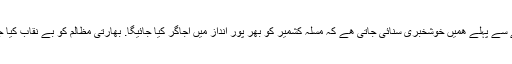
ھر سال جنرل اسمبلی کے اجلاس میں جانے سے پہلے ھمیں خوشخبری سنائی جاتی ھے کہ مسلہ کشمیر کو بھر پور انداز میں اجاگر کیا جائیگا. بھارتی مظالم کو بے نقاب کیا جائیگا اور عالمی ضمیر کو جنجھوڑا جائیگا۔